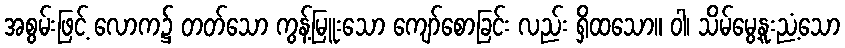
အစွမ်းဖြင့် လောက၌ တတ်သော ကွန့်မြူးသော ကျော်စောခြင်း လည်း ရှိထသော။ ဝါ၊ သိမ်မွေ့နူးညံ့သော